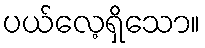
ပယ်လေ့ရှိသော။